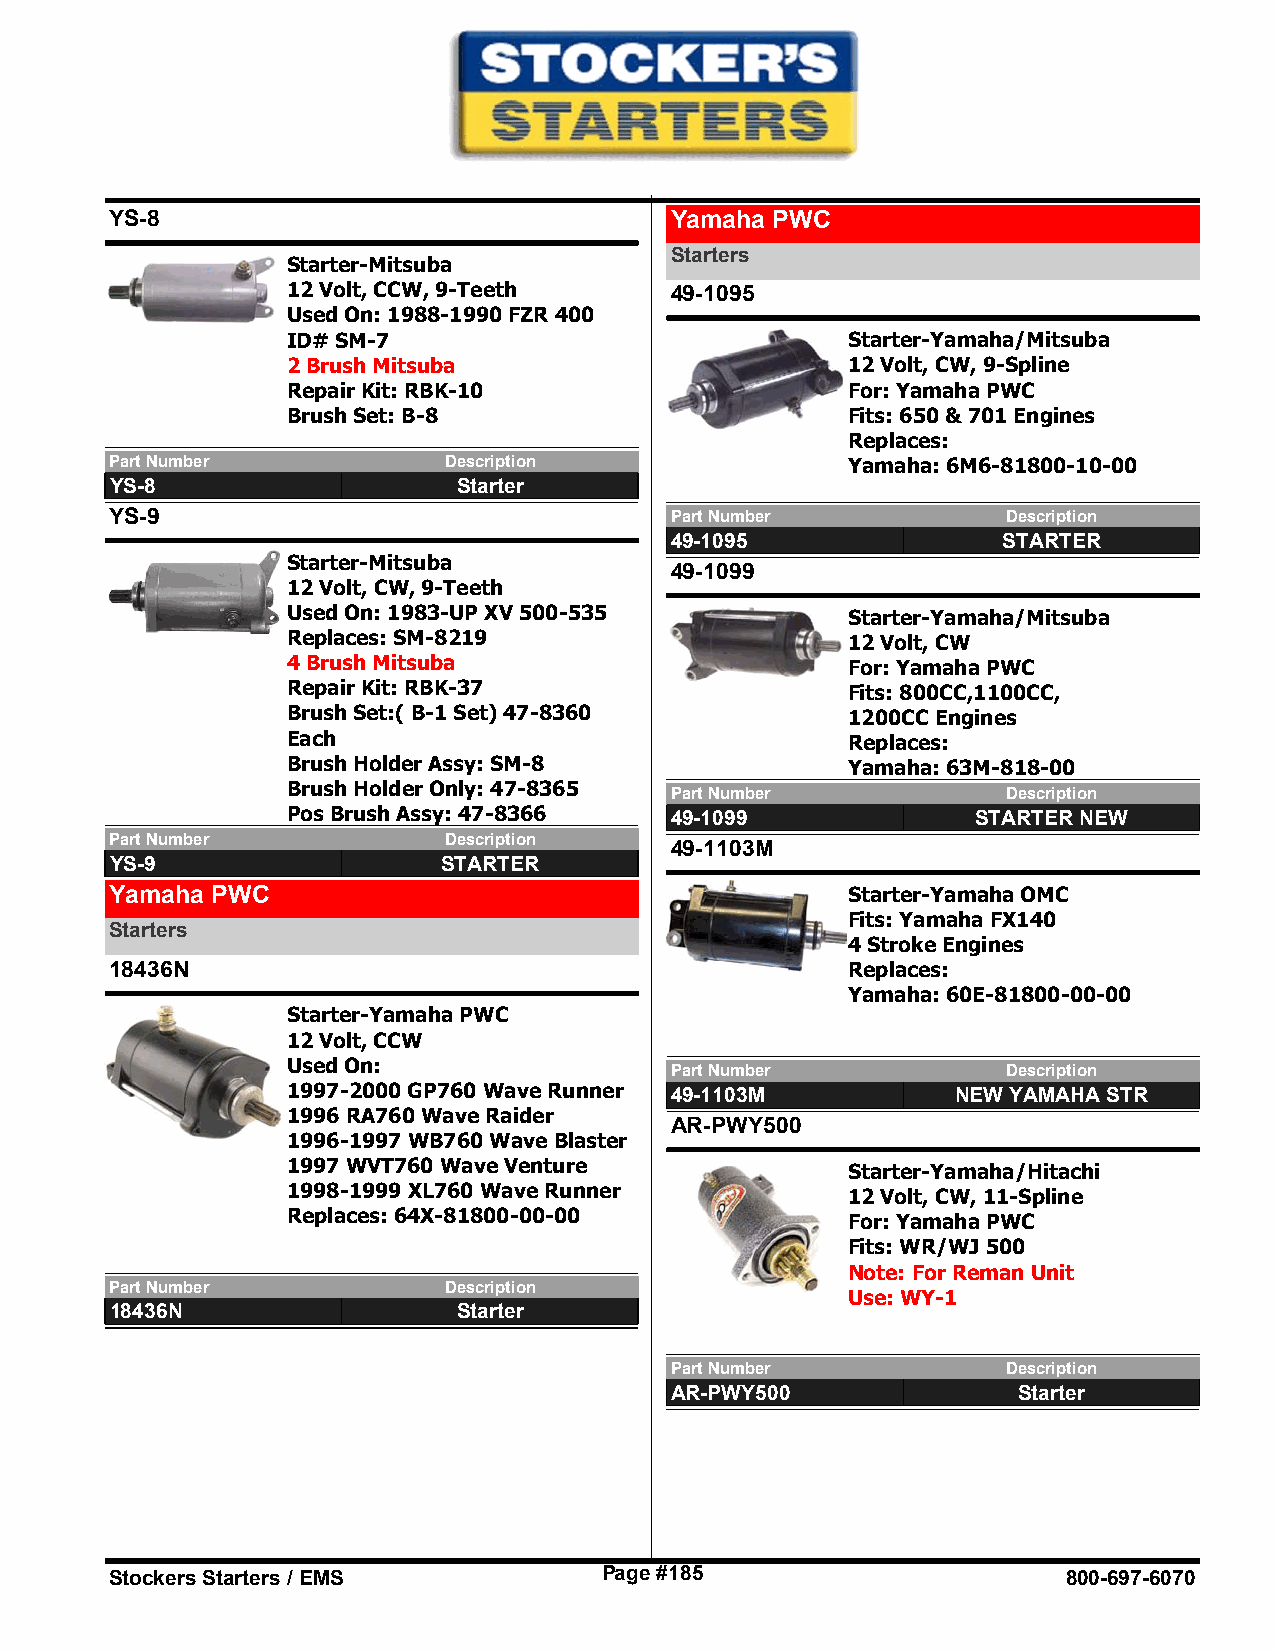
YS-8                                 Yamaha PWC
 Starters
 Starter-Mitsuba
 12 Volt, CCW, 9-Teeth    49-1095
 Used On: 1988-1990 FZR 400
 ID# SM-7                             Starter-Yamaha/Mitsuba
 2 Brush Mitsuba                      12 Volt, CW, 9-Spline
 Repair Kit: RBK-10                   For: Yamaha PWC
 Brush Set: B-8                       Fits: 650 & 701 Engines
 Replaces:
 Part Number           Description                Yamaha: 6M6-81800-10-00
 YS-8                   Starter
 YS-9                                 Part Number            Description
 49-1095               STARTER
 Starter-Mitsuba
 49-1099
 12 Volt, CW, 9-Teeth
 Used On: 1983-UP XV 500-535          Starter-Yamaha/Mitsuba
 Replaces: SM-8219                    12 Volt, CW
 4 Brush Mitsuba                      For: Yamaha PWC
 Repair Kit: RBK-37                   Fits: 800CC,1100CC,
 Brush Set:( B-1 Set) 47-8360         1200CC Engines
 Each                                 Replaces:
 Brush Holder Assy: SM-8              Yamaha: 63M-818-00
 Brush Holder Only: 47-8365 Part Number          Description
 Pos Brush Assy: 47-8366  49-1099              STARTER NEW
 Part Number           Description
 49-1103M
 YS-9                  STARTER
 Yamaha PWC                                       Starter-Yamaha OMC
 Fits: Yamaha FX140
 Starters
 4 Stroke Engines
 18436N                                           Replaces:
 Yamaha: 60E-81800-00-00
 Starter-Yamaha PWC
 12 Volt, CCW
 Used On:
 Part Number            Description
 1997-2000 GP760 Wave Runner 49-1103M        NEW YAMAHA STR
 1996 RA760 Wave Raider
 AR-PWY500
 1996-1997 WB760 Wave Blaster
 1997 WVT760 Wave Venture             Starter-Yamaha/Hitachi
 1998-1999 XL760 Wave Runner          12 Volt, CW, 11-Spline
 Replaces: 64X-81800-00-00            For: Yamaha PWC
 Fits: WR/WJ 500
 Note: For Reman Unit
 Part Number           Description
 Use: WY-1
 18436N                 Starter
 Part Number            Description
 AR-PWY500              Starter
 Stockers Starters / EMS          Page #185                      800-697-6070